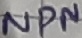
Text: NPN